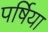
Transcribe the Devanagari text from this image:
पर्षिया